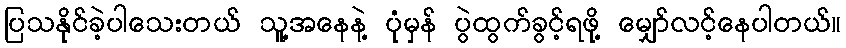
ပြသနိုင်ခဲ့ပါသေးတယ် သူ့အနေနဲ့ ပုံမှန် ပွဲထွက်ခွင့်ရဖို့ မျှော်လင့်နေပါတယ်။